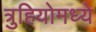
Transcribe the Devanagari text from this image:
त्रुहियोमध्ये